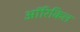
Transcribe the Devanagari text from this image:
ऑरिकिल